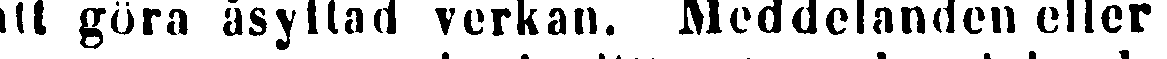
att göra åsyftad verkan. Meddelanden eller